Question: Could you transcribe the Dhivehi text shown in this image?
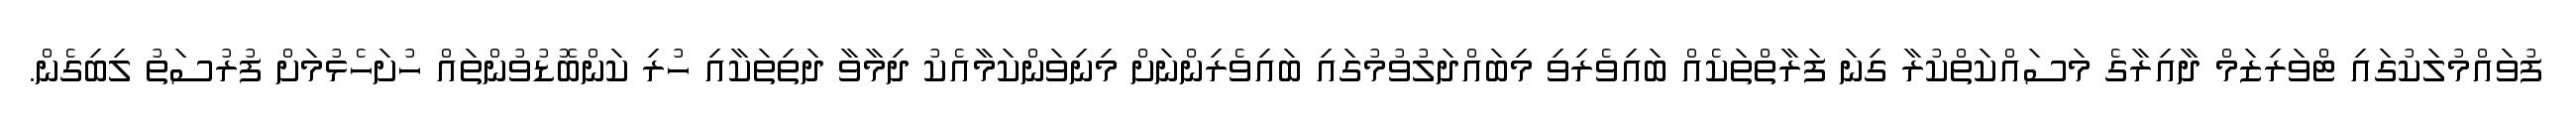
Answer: ފުވައްމުލަކުގައި ޓްވަރިޒަމް ދާއިރާގެ މަސައްކަތްކުރާ ގިނަ ފަރާތްތަކެއް ބައިވެރިވި މިބައްދަލުވުމުގައި ބައިވެރިންނަށް މިނިވަންކަމާއެކު ދިމާވާ ދަތިތަކާއި ހުރި ކަންބޮޑުވުންތައް ހުށަހެޅުމަށް ފުރުސަތު ލިބިގެން.